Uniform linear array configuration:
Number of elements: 12
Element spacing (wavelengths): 0.5
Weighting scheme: hann
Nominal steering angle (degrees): -30
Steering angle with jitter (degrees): -30.637
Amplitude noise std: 0.05
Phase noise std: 0.05

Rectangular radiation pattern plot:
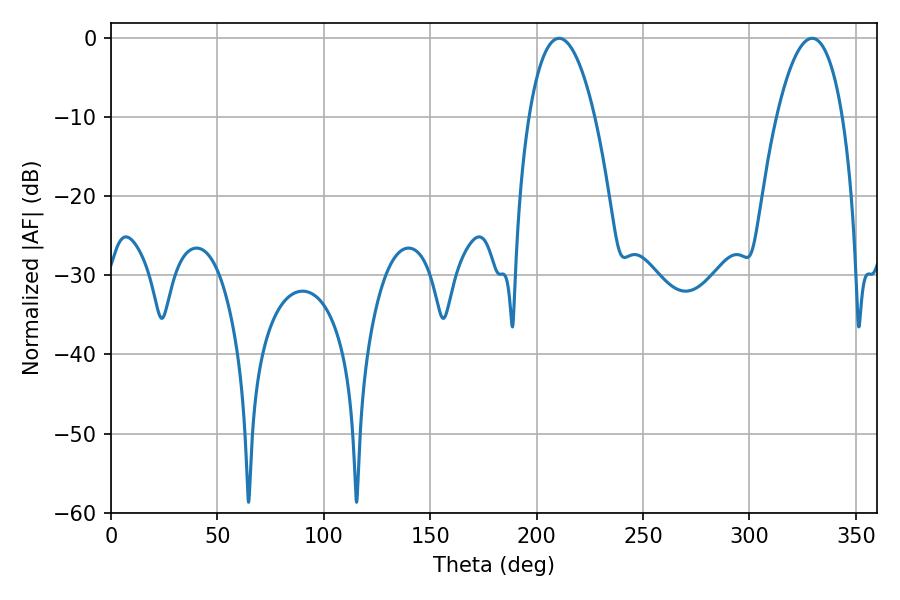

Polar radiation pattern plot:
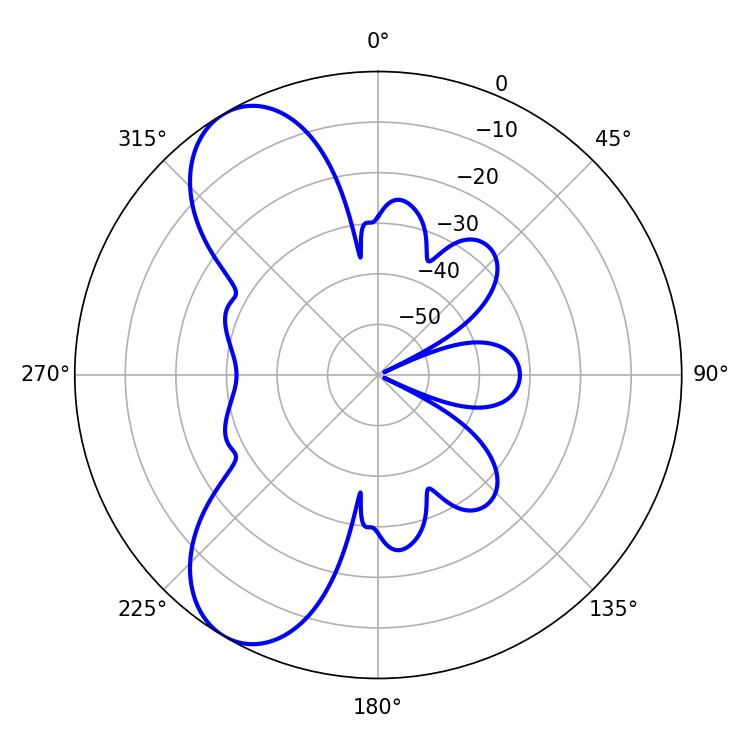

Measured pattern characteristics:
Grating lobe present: FALSE
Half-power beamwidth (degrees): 17.28
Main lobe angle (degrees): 210.6